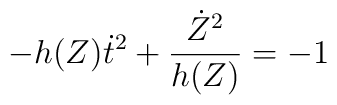
-h(Z)\dot{t}^2+\frac{\dot{Z}^2}{h(Z)}=-1